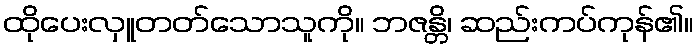
ထိုပေးလှူတတ်သောသူကို။ ဘဇန္တိ၊ ဆည်းကပ်ကုန်၏။